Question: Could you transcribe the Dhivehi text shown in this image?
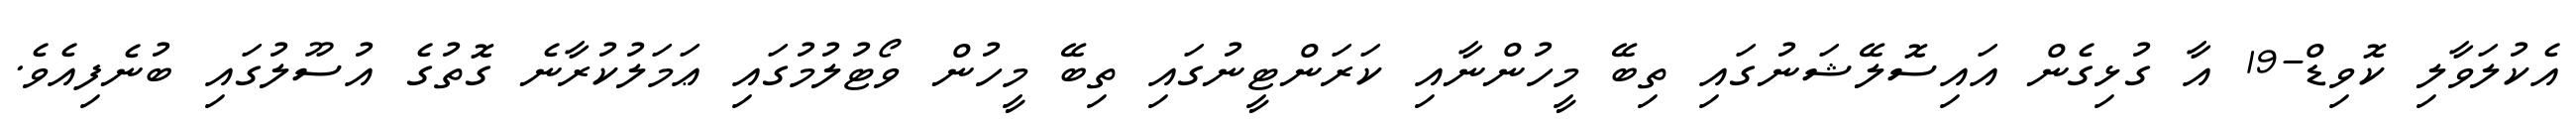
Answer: އެކުލަވާލި ކޮވިޑް-19 އާ ގުޅިގެން އައިސޮލޭޝަނުގައި ތިބޭ މީހުންނާއި ކަރަންޓީނުގައި ތިބޭ މީހުން ވޯޓުލުމުގައި ޢަމަލުކުރާނެ ގޮތުގެ އުސޫލުގައި ބުނެފިއެވެ.